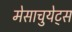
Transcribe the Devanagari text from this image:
मेसाचुयेट्स